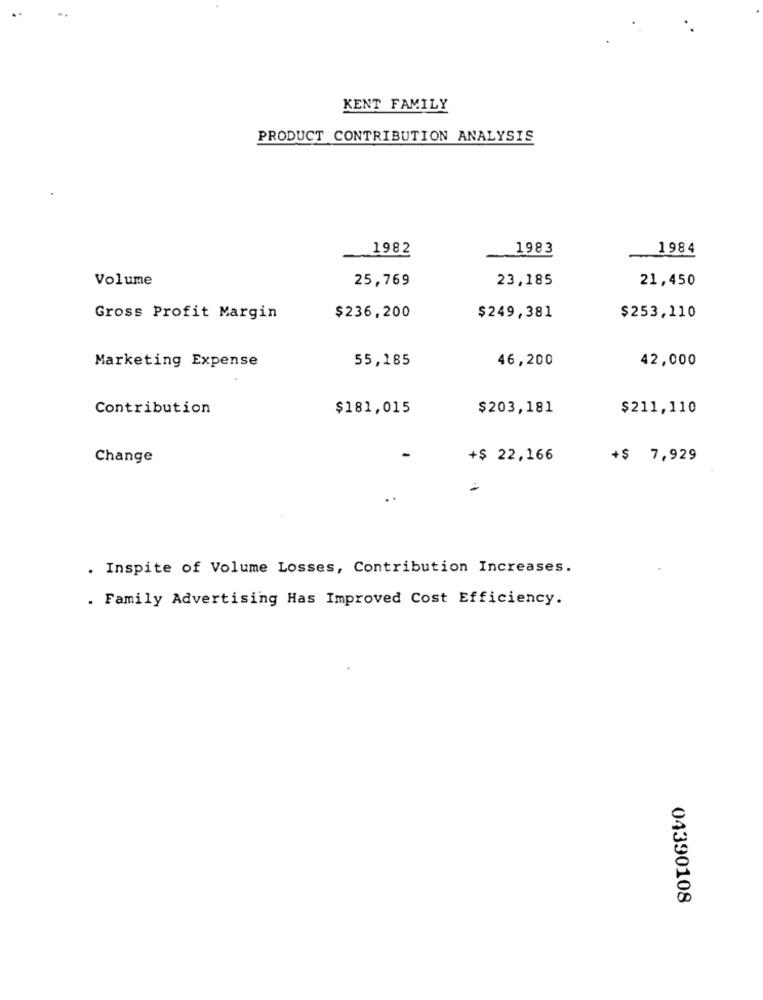
KENT FAMILY
PRODUCT CONTRIBUTION ANALYSIS
1982
1983
1984
Volume
25,769
23,185
21,450
Gross Profit Margin
$236,200
$249,381
$253,110
55,185
46,200
42,000
Marketing Expense
Contribution
$181,015
$203,181
$211,110
Change
+$ 22,166
+$ 7,929
-
. Inspite of Volume Losses, Contribution Increases.
. Family Advertising Has Improved Cost Efficiency.
04390108